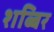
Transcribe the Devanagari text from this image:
शब्बिर